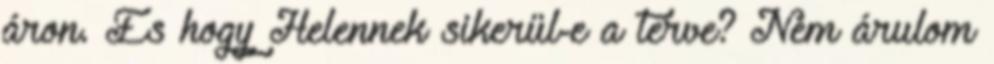
áron. És hogy Helennek sikerül-e a terve? Nem árulom